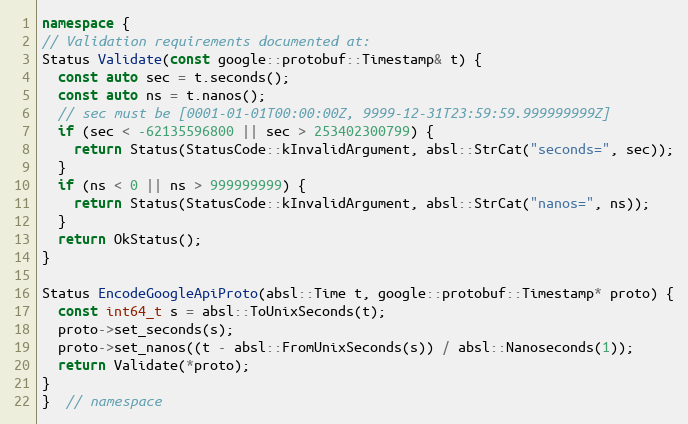
Language: C++
namespace {
// Validation requirements documented at:
Status Validate(const google::protobuf::Timestamp& t) {
  const auto sec = t.seconds();
  const auto ns = t.nanos();
  // sec must be [0001-01-01T00:00:00Z, 9999-12-31T23:59:59.999999999Z]
  if (sec < -62135596800 || sec > 253402300799) {
    return Status(StatusCode::kInvalidArgument, absl::StrCat("seconds=", sec));
  }
  if (ns < 0 || ns > 999999999) {
    return Status(StatusCode::kInvalidArgument, absl::StrCat("nanos=", ns));
  }
  return OkStatus();
}

Status EncodeGoogleApiProto(absl::Time t, google::protobuf::Timestamp* proto) {
  const int64_t s = absl::ToUnixSeconds(t);
  proto->set_seconds(s);
  proto->set_nanos((t - absl::FromUnixSeconds(s)) / absl::Nanoseconds(1));
  return Validate(*proto);
}
}  // namespace